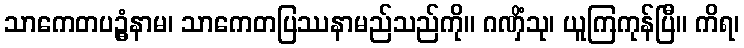
သာကေတပဥ္ဓံနာမ၊ သာကေတပြဿနာမည်သည်ကို။ ဂဏှိံသု၊ ယူကြကုန်ပြီ။ ကိရ၊